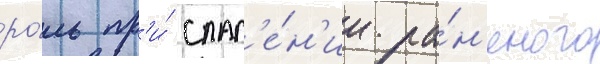
ро́ль пр'и́ спас'е́н'ии ра́н'еного